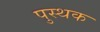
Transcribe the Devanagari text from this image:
पुस्थक